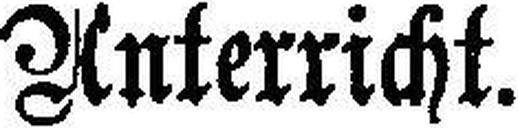
Unterricht.